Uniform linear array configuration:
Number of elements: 4
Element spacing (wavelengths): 0.75
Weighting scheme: kaiser
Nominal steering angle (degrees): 30
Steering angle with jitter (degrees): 28.796
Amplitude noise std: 0.05
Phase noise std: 0.05

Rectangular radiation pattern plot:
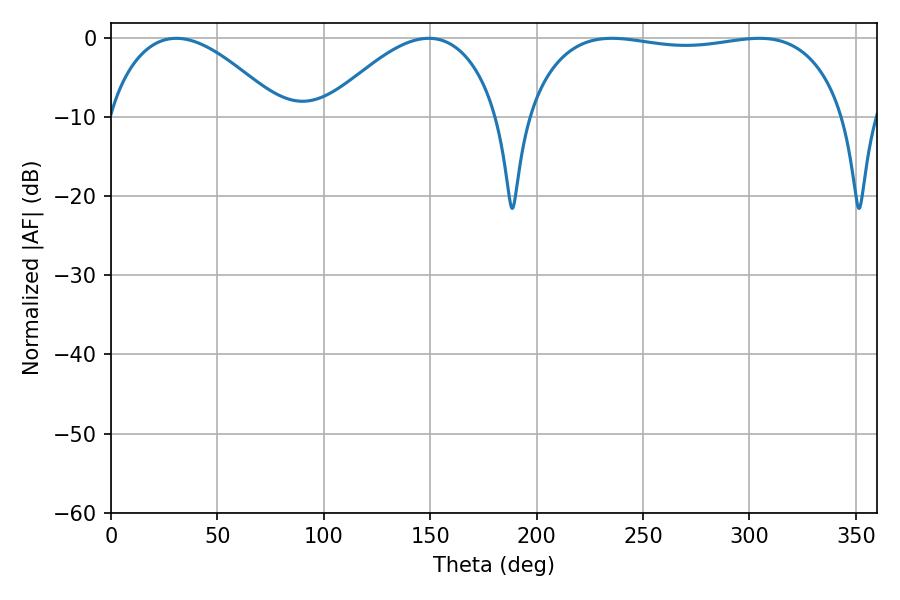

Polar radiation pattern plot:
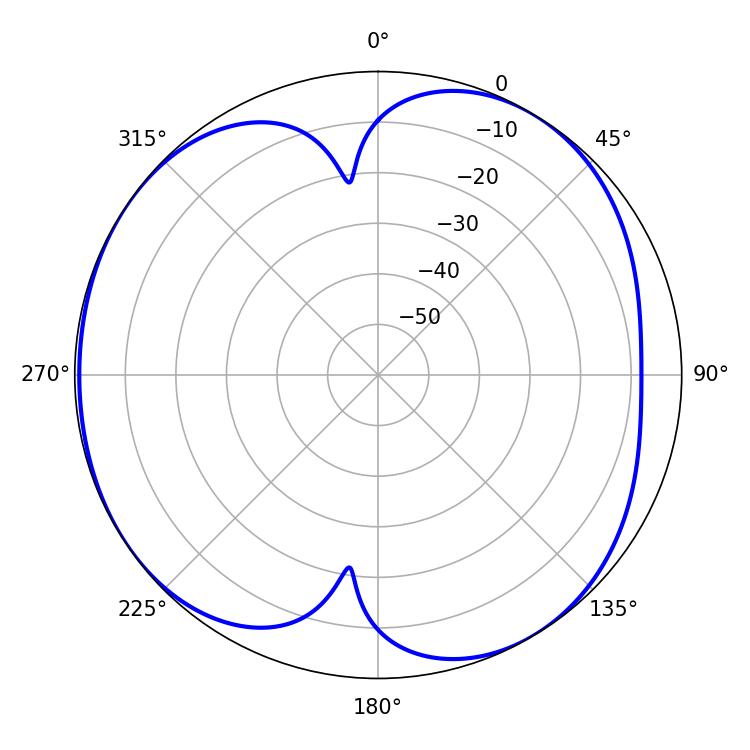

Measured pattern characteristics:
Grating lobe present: TRUE
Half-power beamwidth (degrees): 119.88
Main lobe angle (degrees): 235.44